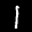
Label: 1